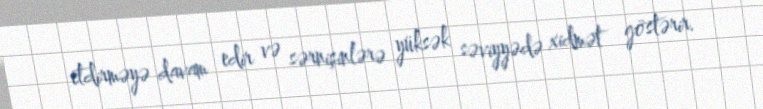
etdirməyə davam edir və sərnişinlərə yüksək səviyyədə xidmət göstərir.